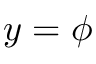
y = \phi